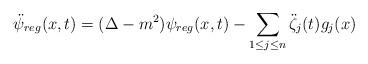
LaTeX: \begin{align*}\ddot\psi_{reg}(x,t)=(\Delta-m^2)\psi_{reg}(x,t)-\sum\limits_{1\le j\le n}\ddot\zeta_j(t) g_j(x)\end{align*}